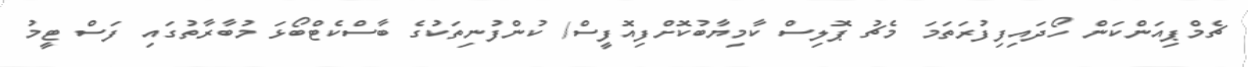
ޗެމްޕިއަންކަން ހޯދައިފިފުރަތަމަ މެޗު ޕޮލިސް ކާމިޔާބުކޮށްފިއޮފީސް/ ކުންފުނިތަކުގެ ބާސްކެޓްބޯޅަ މުބާރާތުގައި ފަސް ޓީމު